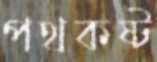
পথকষ্ট